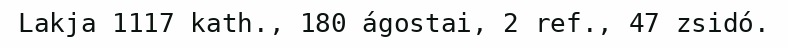
Lakja 1117 kath., 180 ágostai, 2 ref., 47 zsidó.